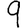
Digit: 9